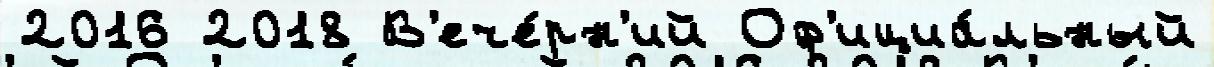
2016 2018 В'ече́рн'ий Оф'ициа́льный